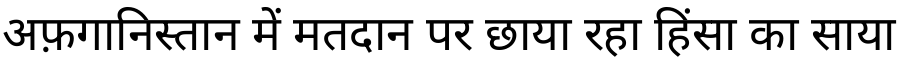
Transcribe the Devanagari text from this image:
अफ़गानिस्तान में मतदान पर छाया रहा हिंसा का साया